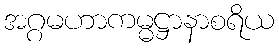
အဂ္ဂမဟာကမ္မဋ္ဌာနာစရိယ